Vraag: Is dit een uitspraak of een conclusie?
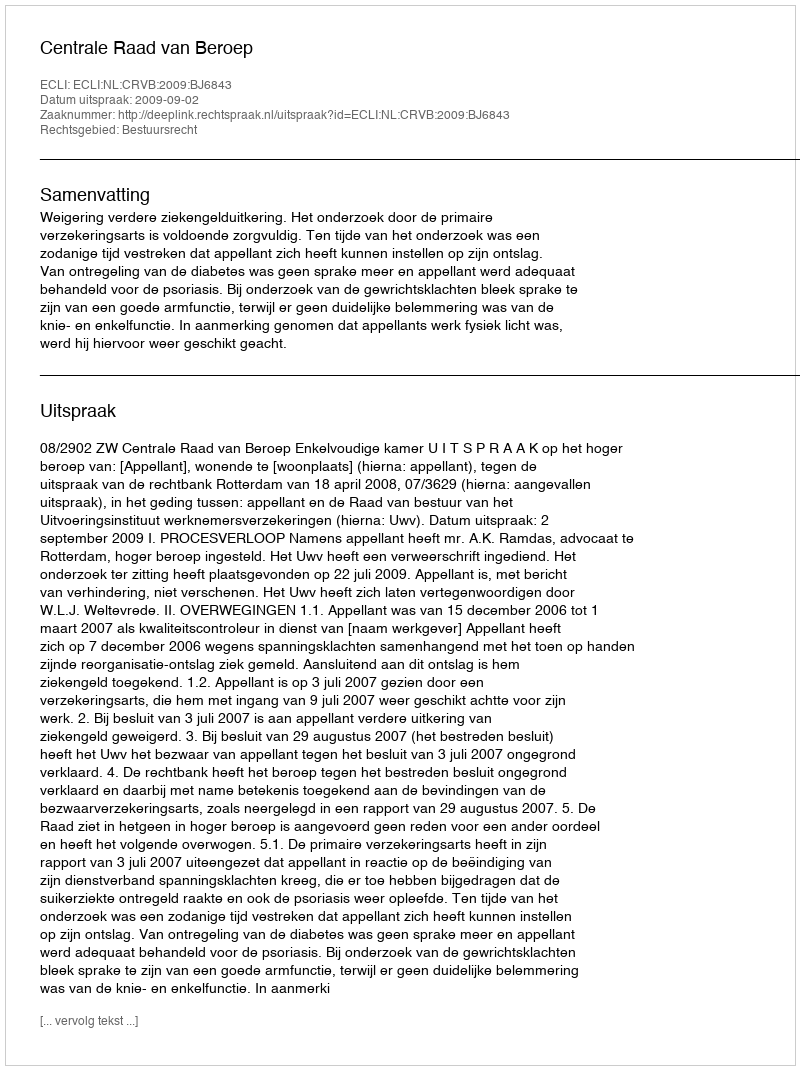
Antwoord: Uitspraak